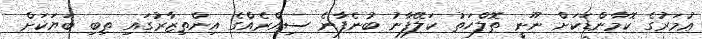
ޢުމަރުގެ ކޮމާންޑަކަށް ނޫނީ ތޮލްހަތު ކަލޭފާނު ބުނެފާނެ ސިއްރެއްގެ އިންތިޒާރުގައި ތިބި ބަޔަކަށް